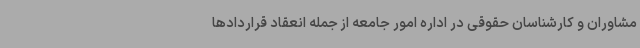
مشاوران و کارشناسان حقوقی در اداره امور جامعه از جمله انعقاد قراردادها